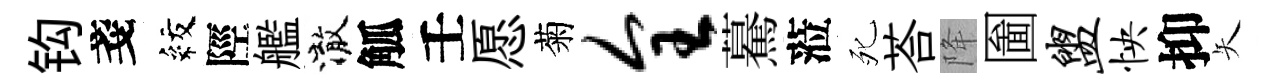
钩戔紋陘艦澈觚壬愿菊全驀蒞死荅降圗盥怏抑矢